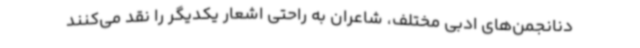
دنانجمن‌های ادبی مختلف، شاعران به راحتی اشعار یکدیگر را نقد می‌کنند